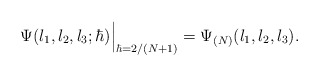
\begin{align*}\Psi(l_1,l_2,l_3;\hbar)\Big|_{\hbar=2/(N+1)} = \Psi_{(N)}(l_1,l_2,l_3).\end{align*}